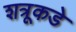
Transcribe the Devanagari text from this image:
शत्रूकडे